Report on vaccination in Madras 1895-1903 - 1895-1903
Year: 1895
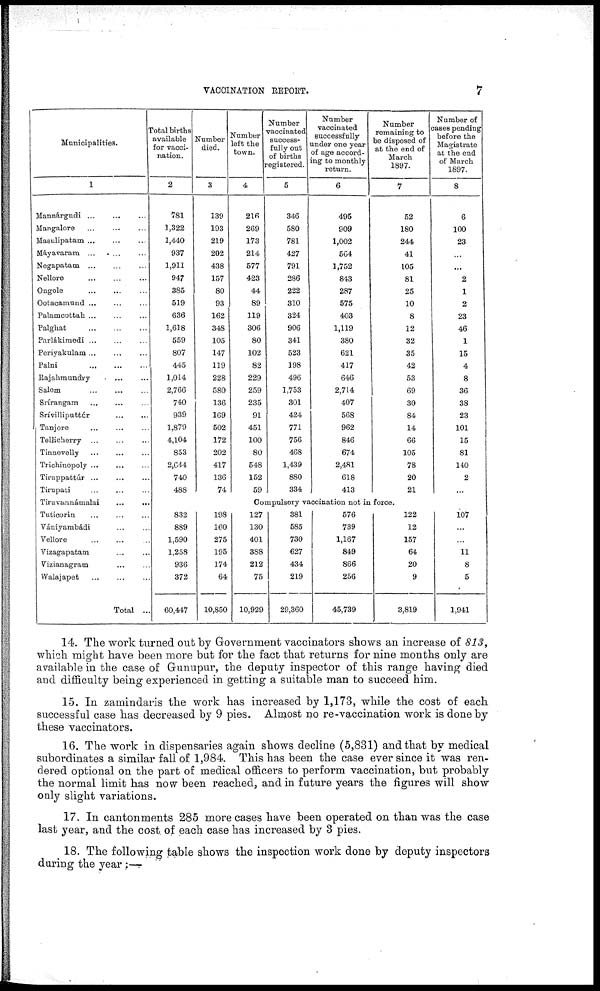
VACCINATION REPORT.
7
Municipalities.
1
Mannárgudi... ... ...
Mangalore... ... ...
Masulipatam... ... ...
Máyavaram... ... ...
Negapatam... ... ...
Nellore...
...
...
Ongole...
...
...
Ootacamund... ... ...
Palamcottah... ... ...
Palghat... ... ...
Parlákimedi... ... ...
Periyakulam
...
...
...
Palni...
...
...
Rajahmundry...
...
Salem...
...
...
Srírangam... ... ...
Srívilliputtúr... ...
Tanjore...
...
...
Tellicherry...
...
...
Tinnevelly... ... ...
Trichinopoly...
...
...
Tiruppattúr...
...
...
Tirupati... ... ...
Tiruvannámalai...
...
Tuticorin... ... ...
Vániyambádi ... ...
Vellore...
...
...
Vizagapatam... ...
Vizianagram... ...
Walajapet... ... ...
Total ...
total births
available
for vacci-
nation.
2
781
1,322
1,440
937
1,911
947
385
519
636
1,618
559
807
445
1,014
2,766
740
939
1,879
4,104
853
2,644
740
488
Number
died.
3
139
193
219
202
438
157
80
93
162
348
105
147
119
228
580
136
169
502
172
202
417
136
74
Number
left the
town.
4
216
269
173
214
577
423
44
89
119
306
80
102
82
229
259
235
91
451
100
80
548
152
59
Number
vaccinated
success-
fully out
of births
registered.
5
346
580
781
427
791
286
222
310
324
906
341
523
198
496
1,753
301
424
771
756
468
1,439
880
334
Number
vaccinated
successfully
under one year
of age accord-
ing to monthly
return.
6
495
909
1,002
564
1,752
843
287
575
403
1,119
380
621
417
646
2,714
407
568
962
846
674
2,481
618
413
Number
remaining to
be disposed of
at the end of
March
1897.
7
52
180
244
41
105
81
25
10
8
12
32
35
42
53
69
30
84
14
66
105
78
20
21
Number of
cases pending
before the
Magistrate
at the end
of March
1897.
8
6
100
23
...
...
2
1
2
23
46
1
15
4
8
36
38
23
101
15
81
140
2
...
Compulsory vaccination not in force.
832
889
1,590
1,258
936
372
60,447
198
160
275
195
174
64
10,850
127
130
401
388
212
75
10,929
381
585
730
627
434
219
29,360
576
739
1,167
849
866
256
45,739
122
12
157
64
20
9
3,819
107
...
...
11
8
5
1,941
14. The work turned out by Government vaccinators shows an increase of 813,
which might have been more but for the fact that returns for nine months only are
available in the case of Gunupur, the deputy inspector of this range having died
and difficulty being experienced in getting a suitable man to succeed him.
15. In zamindaris the work has increased by 1,173, while the cost of each
successful case has decreased by 9 pies. Almost no re-vaccination work is done by
these vaccinators.
16. The work in dispensaries again shows decline (5,831) and that by medical
subordinates a similar fall of 1,984. This has been the case ever since it was ren-
dered optional on the part of medical officers to perform vaccination, but probably
the normal limit has now been reached, and in future years the figures will show
only slight variations.
17. In cantonments 285 more cases have been operated on than was the case
last year, and the cost of each case has increased by 3 pies.
18. The following table shows the inspection work done by deputy inspectors
during the year:—